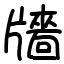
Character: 𤗼